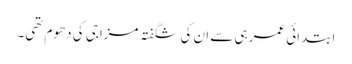
ابتدائی عمر ہی سے ان کی شگفتہ مزاجی کی دھوم تھی۔